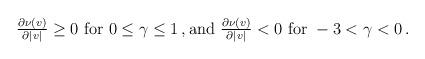
LaTeX: \begin{align*}\begin{aligned}\tfrac{\partial \nu (v)}{\partial |v|} \geq 0 \ \textrm{for } 0 \leq \gamma \leq 1 \,, \textrm{and } \tfrac{\partial \nu (v)}{\partial |v|} < 0 \ \textrm{for } - 3 < \gamma < 0 \,.\end{aligned}\end{align*}